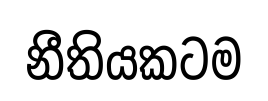
නීතියකටම